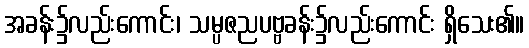
အခန်း၌လည်းကောင်း၊ သမ္ပဇညပဗ္ဗခန်း၌လည်းကောင်း ရှိသေး၏။